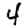
Digit: 4